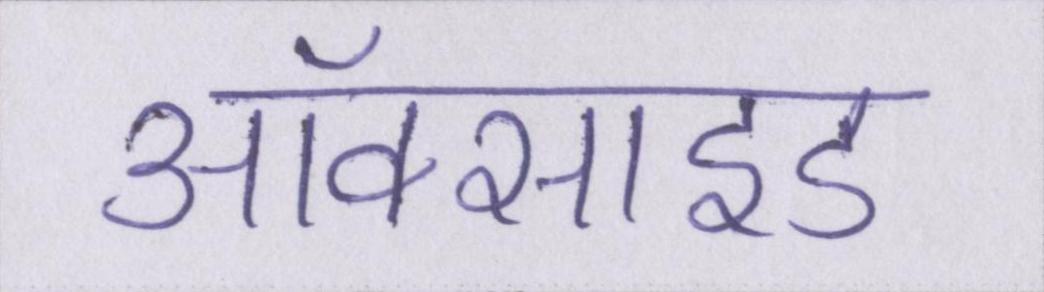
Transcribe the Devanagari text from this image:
ऑक्साइड